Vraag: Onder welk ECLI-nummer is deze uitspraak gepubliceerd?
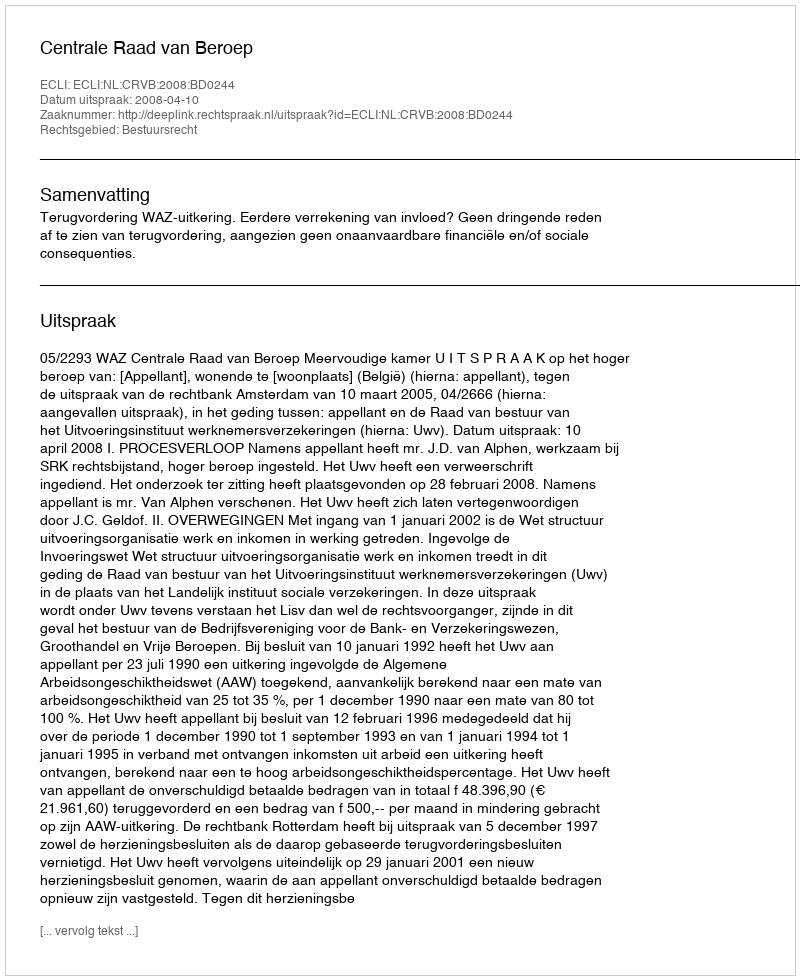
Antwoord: ECLI:NL:CRVB:2008:BD0244